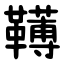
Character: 䪇